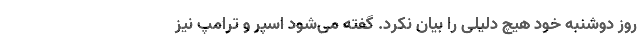
روز دوشنبه خود هیچ دلیلی را بیان نکرد. گفته می‌شود اسپر و ترامپ نیز